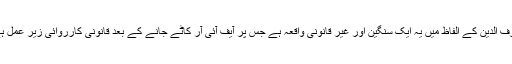
شرف الدین کے الفاظ میں یہ ایک سنگین اور غیر قانونی واقعہ ہے جِس پر آیف آئی آر کاٹے جانے کے بعد قانونی کارروائی زیرِ عمل ہے۔